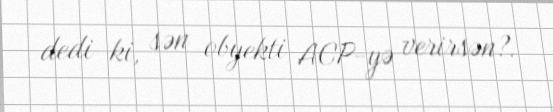
dedi ki, sən obyekti ACP-yə verirsən?.